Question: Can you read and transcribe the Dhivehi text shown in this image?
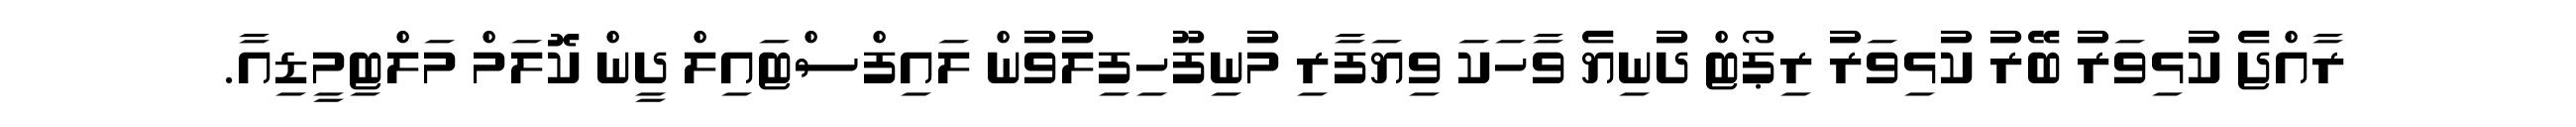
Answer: ރާއްޖެ ކުޅިވަރު ބޭރު ކުޅިވަރު ރިޕޯޓް ދުނިޔެ ވާހަކަ ވިޔަފާރި މުނިފޫހިފިލުވުން ލައިފްސްޓައިލް ދީން ކޮލަމް މަލްޓިމީޑިއާ.